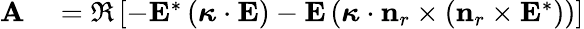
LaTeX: \begin{array}{rl}{\mathbf{A}}&{{}=\Re\left[-\mathbf{E}^{*}\left(\boldsymbol{\kappa}\cdot\mathbf{E}\right)-\mathbf{E}\left(\boldsymbol{\kappa}\cdot\mathbf{n}_{r}\times\left(\mathbf{n}_{r}\times\mathbf{E}^{*}\right)\right)\right]}\end{array}